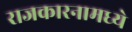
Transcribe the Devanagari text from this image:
राजकारनामध्ये